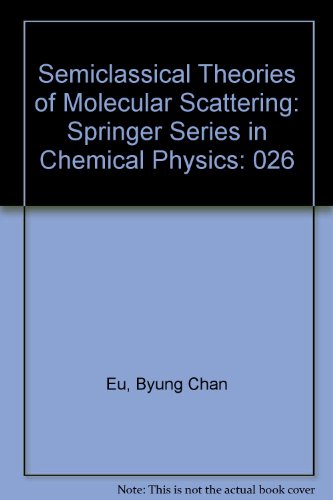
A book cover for Semiclassical Theories of Molecular Scattering (Springer Series in Chemical Physics, Vol. 26); Byung Chan Eu; Science & Math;